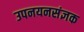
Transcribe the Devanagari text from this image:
उपनयनसंज्ञक